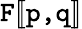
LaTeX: \texttt{F}[\! [\texttt{p,q}]\! ]